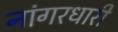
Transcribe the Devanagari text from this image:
नांगरधारी